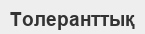
Толеранттық